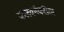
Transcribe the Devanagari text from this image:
फलकांवरील